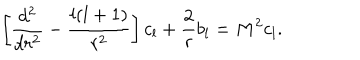
\left[ { \frac { d ^ { 2 } } { d r ^ { 2 } } } - { \frac { l ( l + 1 ) } { r ^ { 2 } } } \right] c _ { l } + { \frac { 2 } { r } } b _ { l } = M ^ { 2 } c _ { l } .